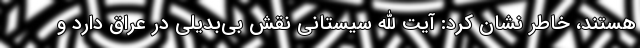
هستند، خاطر نشان کرد: آیت الله سیستانی نقش بی‌بدیلی در عراق دارد و